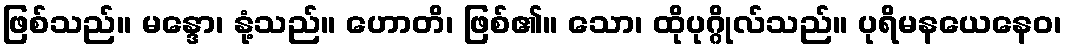
ဖြစ်သည်။ မန္ဒော၊ နုံ့သည်။ ဟောတိ၊ ဖြစ်၏။ သော၊ ထိုပုဂ္ဂိုလ်သည်။ ပုရိမနယေနေဝ၊